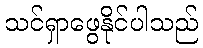
သင်ရှာဖွေနိုင်ပါသည်